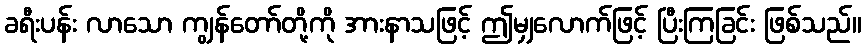
ခရီးပန်း လာသော ကျွန်တော်တို့ကို အားနာသဖြင့် ဤမျှလောက်ဖြင့် ပြီးကြခြင်း ဖြစ်သည်။